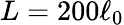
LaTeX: L=200\ell_{0}